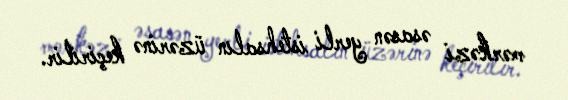
mərkəzi əsasən yerli istehsalın üzərinə keçirilir.